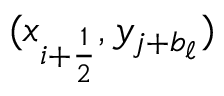
( x _ { i + \frac { 1 } { 2 } } , y _ { j + b _ { \ell } } )